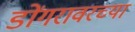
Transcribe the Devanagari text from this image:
डोंगरावरच्या